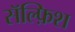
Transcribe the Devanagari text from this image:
सॅल्फ़िश